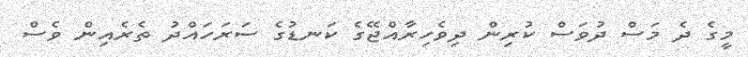
މީގެ ދެ މަސް ދުވަސް ކުރިން ދިވެހިރާއްޖޭގެ ކަނޑުގެ ސަރަހައްދު ތެރެއިން ވެސް